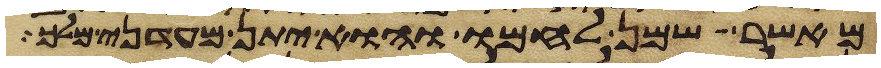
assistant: מאשר שמן לחמו והוא יתן מעדני מלך